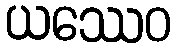
ယဿေဝ